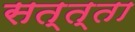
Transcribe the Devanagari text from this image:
सत्त्ता